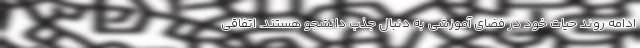
ادامه روند حیات خود در فضای آموزشی به دنبال جذب دانشجو هستند. اتفاقی